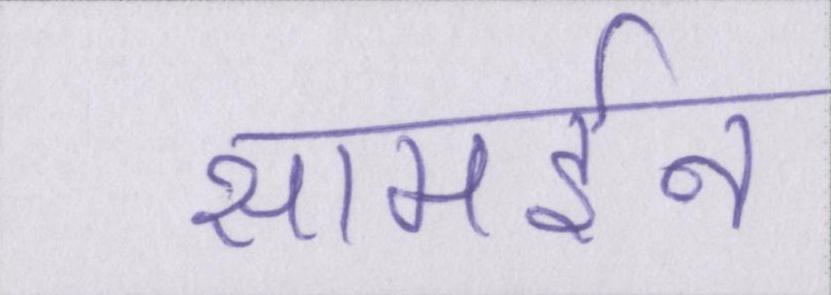
सामईन